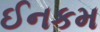
ઈનકમ